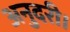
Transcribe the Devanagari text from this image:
अनुदरी।